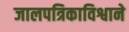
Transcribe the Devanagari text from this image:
जालपत्रिकाविश्वाने